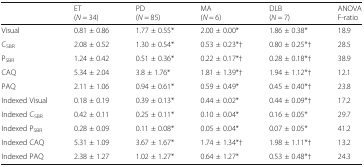
|  | ET(N = 34) | PD(N = 85) | MA(N = 6) | DLB(N = 7) | ANOVAF-ratio |
 | --- | --- | --- | --- | --- | --- |
 | Visual | 0.81 ± 0.86 | 1.77 ± 0.55* | 2.00 ± 0.00* | 1.86 ± 0.38* | 18.9 |
 | CSBR | 2.08 ± 0.52 | 1.30 ± 0.54* | 0.53 ± 0.23*† | 0.80 ± 0.25*† | 28.5 |
 | PSBR | 1.24 ± 0.42 | 0.51 ± 0.36* | 0.22 ± 0.17*† | 0.28 ± 0.18*† | 38.9 |
 | CAQ | 5.34 ± 2.04 | 3.8 ± 1.76* | 1.81 ± 1.39*† | 1.94 ± 1.12*† | 12.1 |
 | PAQ | 2.11 ± 1.06 | 0.94 ± 0.61* | 0.59 ± 0.49* | 0.45 ± 0.40*† | 23.8 |
 | Indexed Visual | 0.18 ± 0.19 | 0.39 ± 0.13* | 0.44 ± 0.02* | 0.44 ± 0.09*† | 17.2 |
 | Indexed CSBR | 0.42 ± 0.11 | 0.25 ± 0.11* | 0.10 ± 0.04* | 0.16 ± 0.05* | 29.7 |
 | Indexed PSBR | 0.28 ± 0.09 | 0.11 ± 0.08* | 0.05 ± 0.04* | 0.07 ± 0.05* | 41.2 |
 | Indexed CAQ | 5.31 ± 1.09 | 3.67 ± 1.67* | 1.74 ± 1.34*† | 1.98 ± 1.11*† | 13.2 |
 | Indexed PAQ | 2.38 ± 1.27 | 1.02 ± 1.27* | 0.64 ± 1.27* | 0.53 ± 0.48*† | 24.3 |